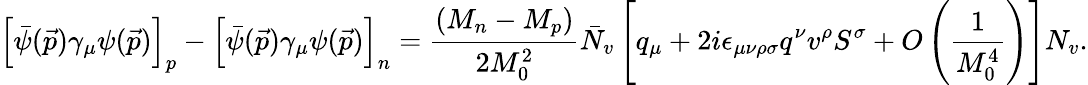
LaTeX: \left[\bar{\psi}(\vec{p})\gamma_{\mu}\psi(\vec{p})\right]_{p}-\left[\bar{\psi}(\vec{p})\gamma_{\mu}\psi(\vec{p})\right]_{n}=\frac{(M_{n}-M_{p})}{2M_{0}^{2}}\bar{N}_{v}\left[q_{\mu}+2i\epsilon_{\mu\nu\rho\sigma}q^{\nu}{v}^{\rho}{S}^{\sigma}+O\left(\frac{1}{M_{0}^{4}}\right)\right]{N}_{v}.